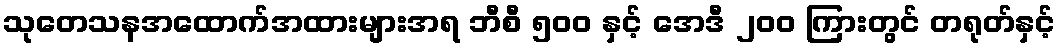
သုတေသနအထောက်အထားများအရ ဘီစီ ၅၀၀ နှင့် အေဒီ ၂၀၀ ကြားတွင် တရုတ်နှင့်